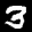
Label: 3